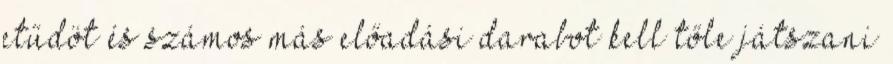
etűdöt és számos más előadási darabot kell tőle játszani